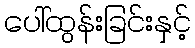
ပေါ်ထွန်းခြင်းနှင့်